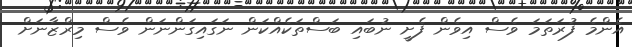
އެންމެ ފުރަތަމަ ވެސް އިވެން ފެށީ ނުބައި ބަސްތަކެއްކަން ނަގައިގަންނަން ވެސް މިރްޒާނަށް